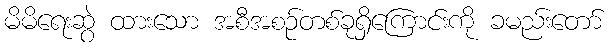
မိမိရေးဆွဲ ထားသော အစီအစဉ်တစ်ခုရှိကြောင်းကို ခမည်းတော်